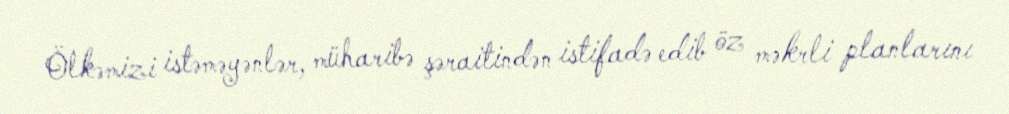
Ölkəmizi istəməyənlər, müharibə şəraitindən istifadə edib öz məkrli planlarını